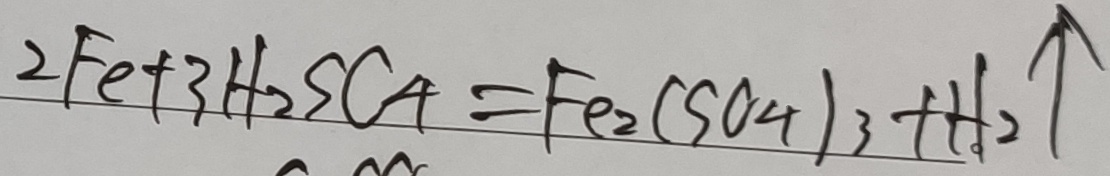
2 F e + 3 H _ { 2 } S O _ { 4 } = F e _ { 2 } ( S O _ { 4 } ) _ { 3 } + H _ { 2 } \uparrow